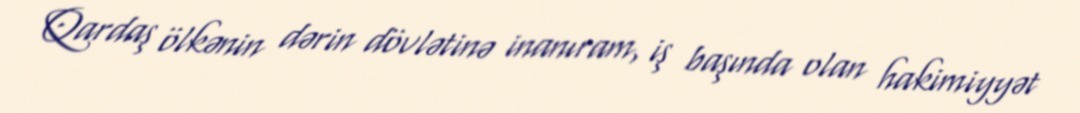
Qardaş ölkənin dərin dövlətinə inanıram, iş başında olan hakimiyyət